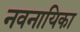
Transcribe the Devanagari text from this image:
नवनायिका